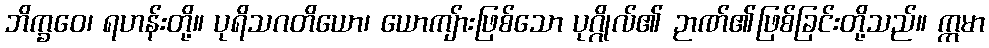
ဘိက္ခဝေ၊ ရဟန်းတို့။ ပုရိသဂတိယော၊ ယောကျ်ားဖြစ်သော ပုဂ္ဂိုလ်၏ ဉာဏ်၏ဖြစ်ခြင်းတို့သည်။ ဣမာ